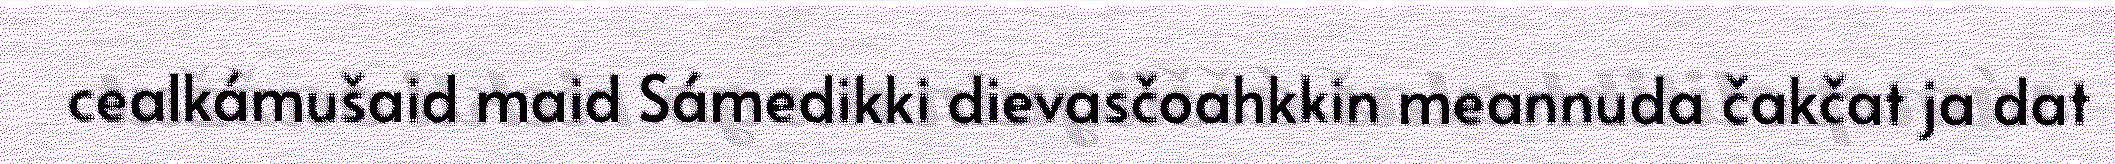
cealkámušaid maid Sámedikki dievasčoahkkin meannuda čakčat ja dat